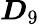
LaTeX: \boldsymbol{D}_{9}